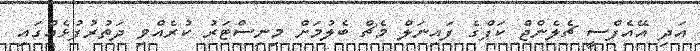
އަދި އޭއެފްސީ ޗެލެންޖް ކަޕްގެ ފައިނަލް މެޗް ބެލުމަށް މިނިސްޓަރު ކުރެއްވި ދަތުރުފުޅެއްގައި